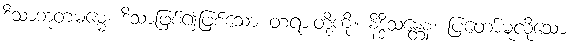
ဒိသာဘူတဓမ္မေ၊ ဒိသာဖြစ်၍ဖြစ်သော တရားတို့ကို။ နိဒ္ဒိသန္တေန၊ ပြတော်မူလိုသော